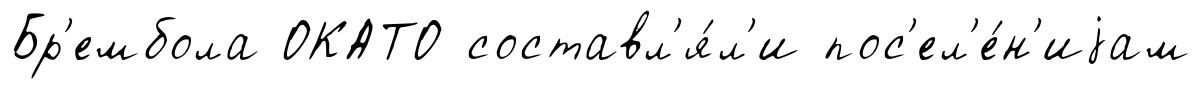
Бр'ембола ОКАТО составл'я́л'и пос'ел'е́н'иjам